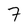
Character: 7